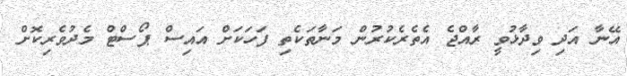
އޭނާ އަދި ވިދާޅުވީ ރާއްޖެ އެތެރެކުރުން މަނާތަކެތި ފަަހަކަށް އައިސް ޕޯސްޓް މެދުވެރިކޮށް